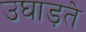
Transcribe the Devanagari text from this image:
उघाड़ते